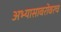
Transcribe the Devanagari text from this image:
अभ्यासाबरोबरच